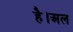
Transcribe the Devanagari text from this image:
है।अल